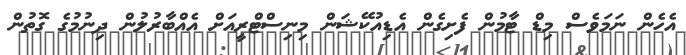
އެހެން ނަމަަވެސް މިޑް ޓާމުން ފެށިގެން އެޑިއުކޭޝަން މިނިސްޓްރީއަށް އެއްބާރުލުން ދިނުމުގެ ގޮތުން